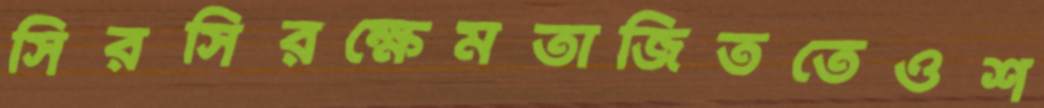
সিরসিরক্ষেমতাজিততেওশ